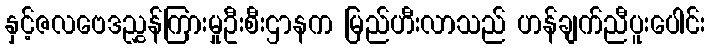
နှင့်ဇလဗေဒညွှန်ကြားမှုဦးစီးဌာနက မြည်ဟီးလာသည် ဟန်ချက်ညီပူးပေါင်း